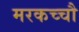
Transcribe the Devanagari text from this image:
मरकच्चौ